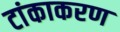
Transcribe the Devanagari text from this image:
टांकाकरण